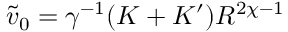
\tilde { v } _ { 0 } = \gamma ^ { - 1 } ( K + K ^ { \prime } ) R ^ { 2 \chi - 1 }